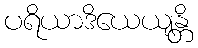
ပရိယာဒိယေယျန္တိ